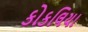
કોકલિયા